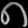
Digit: ၈